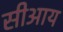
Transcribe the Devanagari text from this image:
सीआय